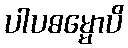
ပါပဓမ္မောပိ